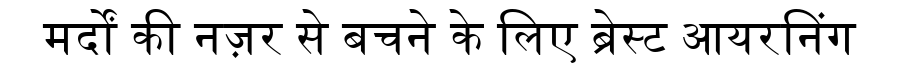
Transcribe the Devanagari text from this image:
मर्दों की नज़र से बचने के लिए ब्रेस्ट आयरनिंग